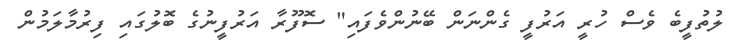
ލުތުފީބެ ވެސް ހުރީ އަރުފީ ގެންނަން ބޭނުންވެފައި" ސޮފޫރާ އަރުފީނުގެ ބޮލުގައި ފިރުމާލަމުން